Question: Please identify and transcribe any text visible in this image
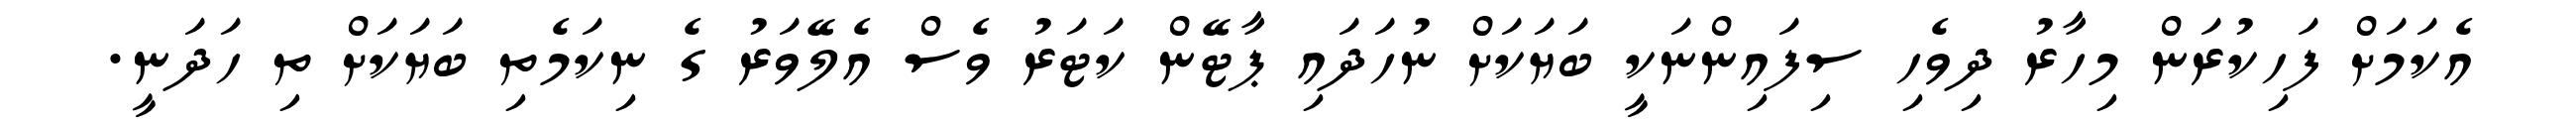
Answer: އެކަމަށް ފަހިކުރަން މިހާރު ދިވެހި ސިފައިންނަކީ ބަޔަކަށް ނުހަދައި ޕާޓޭން ކަޓަރު ވެސް އެލޭވަރު ގެ ނިކަމެތި ބަޔަކަށް ތި ހަދަނީ.